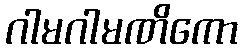
ဂါမဂါမဏိကော